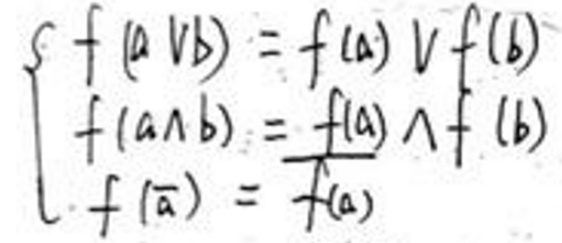
\begin{cases}
f(a \vee b)=f(a) \vee f(b)\\
f(a \cap b)=f(a) \cap f(b)\\
f(\bar{a})=\overline{f(a)}
\end{cases}